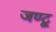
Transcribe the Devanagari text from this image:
जण्टू